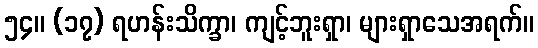
၅၄။ (၁၇) ရဟန်းသိက္ခာ၊ ကျင့်ဘူးရှာ၊ များရှာသေအရက်။